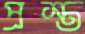
প্রস্ত